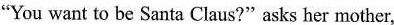
"You want to be Santa Claus?" asks her mother,